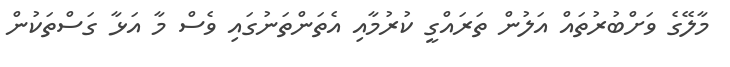
މާލޭގެ ވަށްބުރުތައް އަލުން ތަރައްގީ ކުރުމާއި އެތަންތަނުގައި ވެސް މާ އަޅާ ގަސްތަކުން